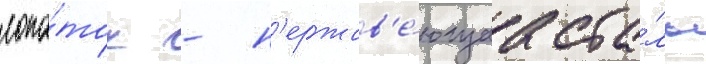
лопа́ток - н'ержав'е́ющаа ста́ль